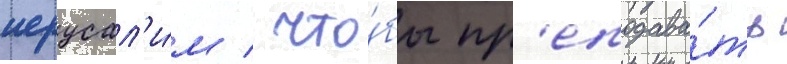
иерусал'и́м / что́бы пр'еподава́ть